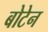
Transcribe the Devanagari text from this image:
बोटेन